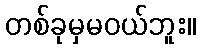
တစ်ခုမှမဝယ်ဘူး။